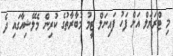
މި ޓްރަޔަލް އަށް ފަހު ފައިނަލް ޓީމު މުބާރާތުގެ ކުރިން މެލޭޝިއާގައި ދެ